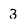
Character: 3